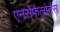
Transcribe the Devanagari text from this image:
एनसेफैलोर्टस